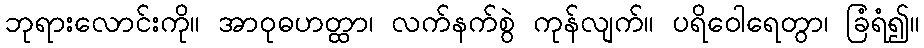
ဘုရားလောင်းကို။ အာဝုဓဟတ္ထာ၊ လက်နက်စွဲ ကုန်လျက်။ ပရိဝေါရေတွာ၊ ခြံရံ၍။